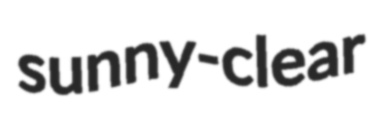
sunny-clear